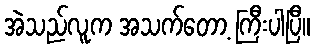
အဲသည်လူက အသက်တော့ ကြီးပါပြီ။